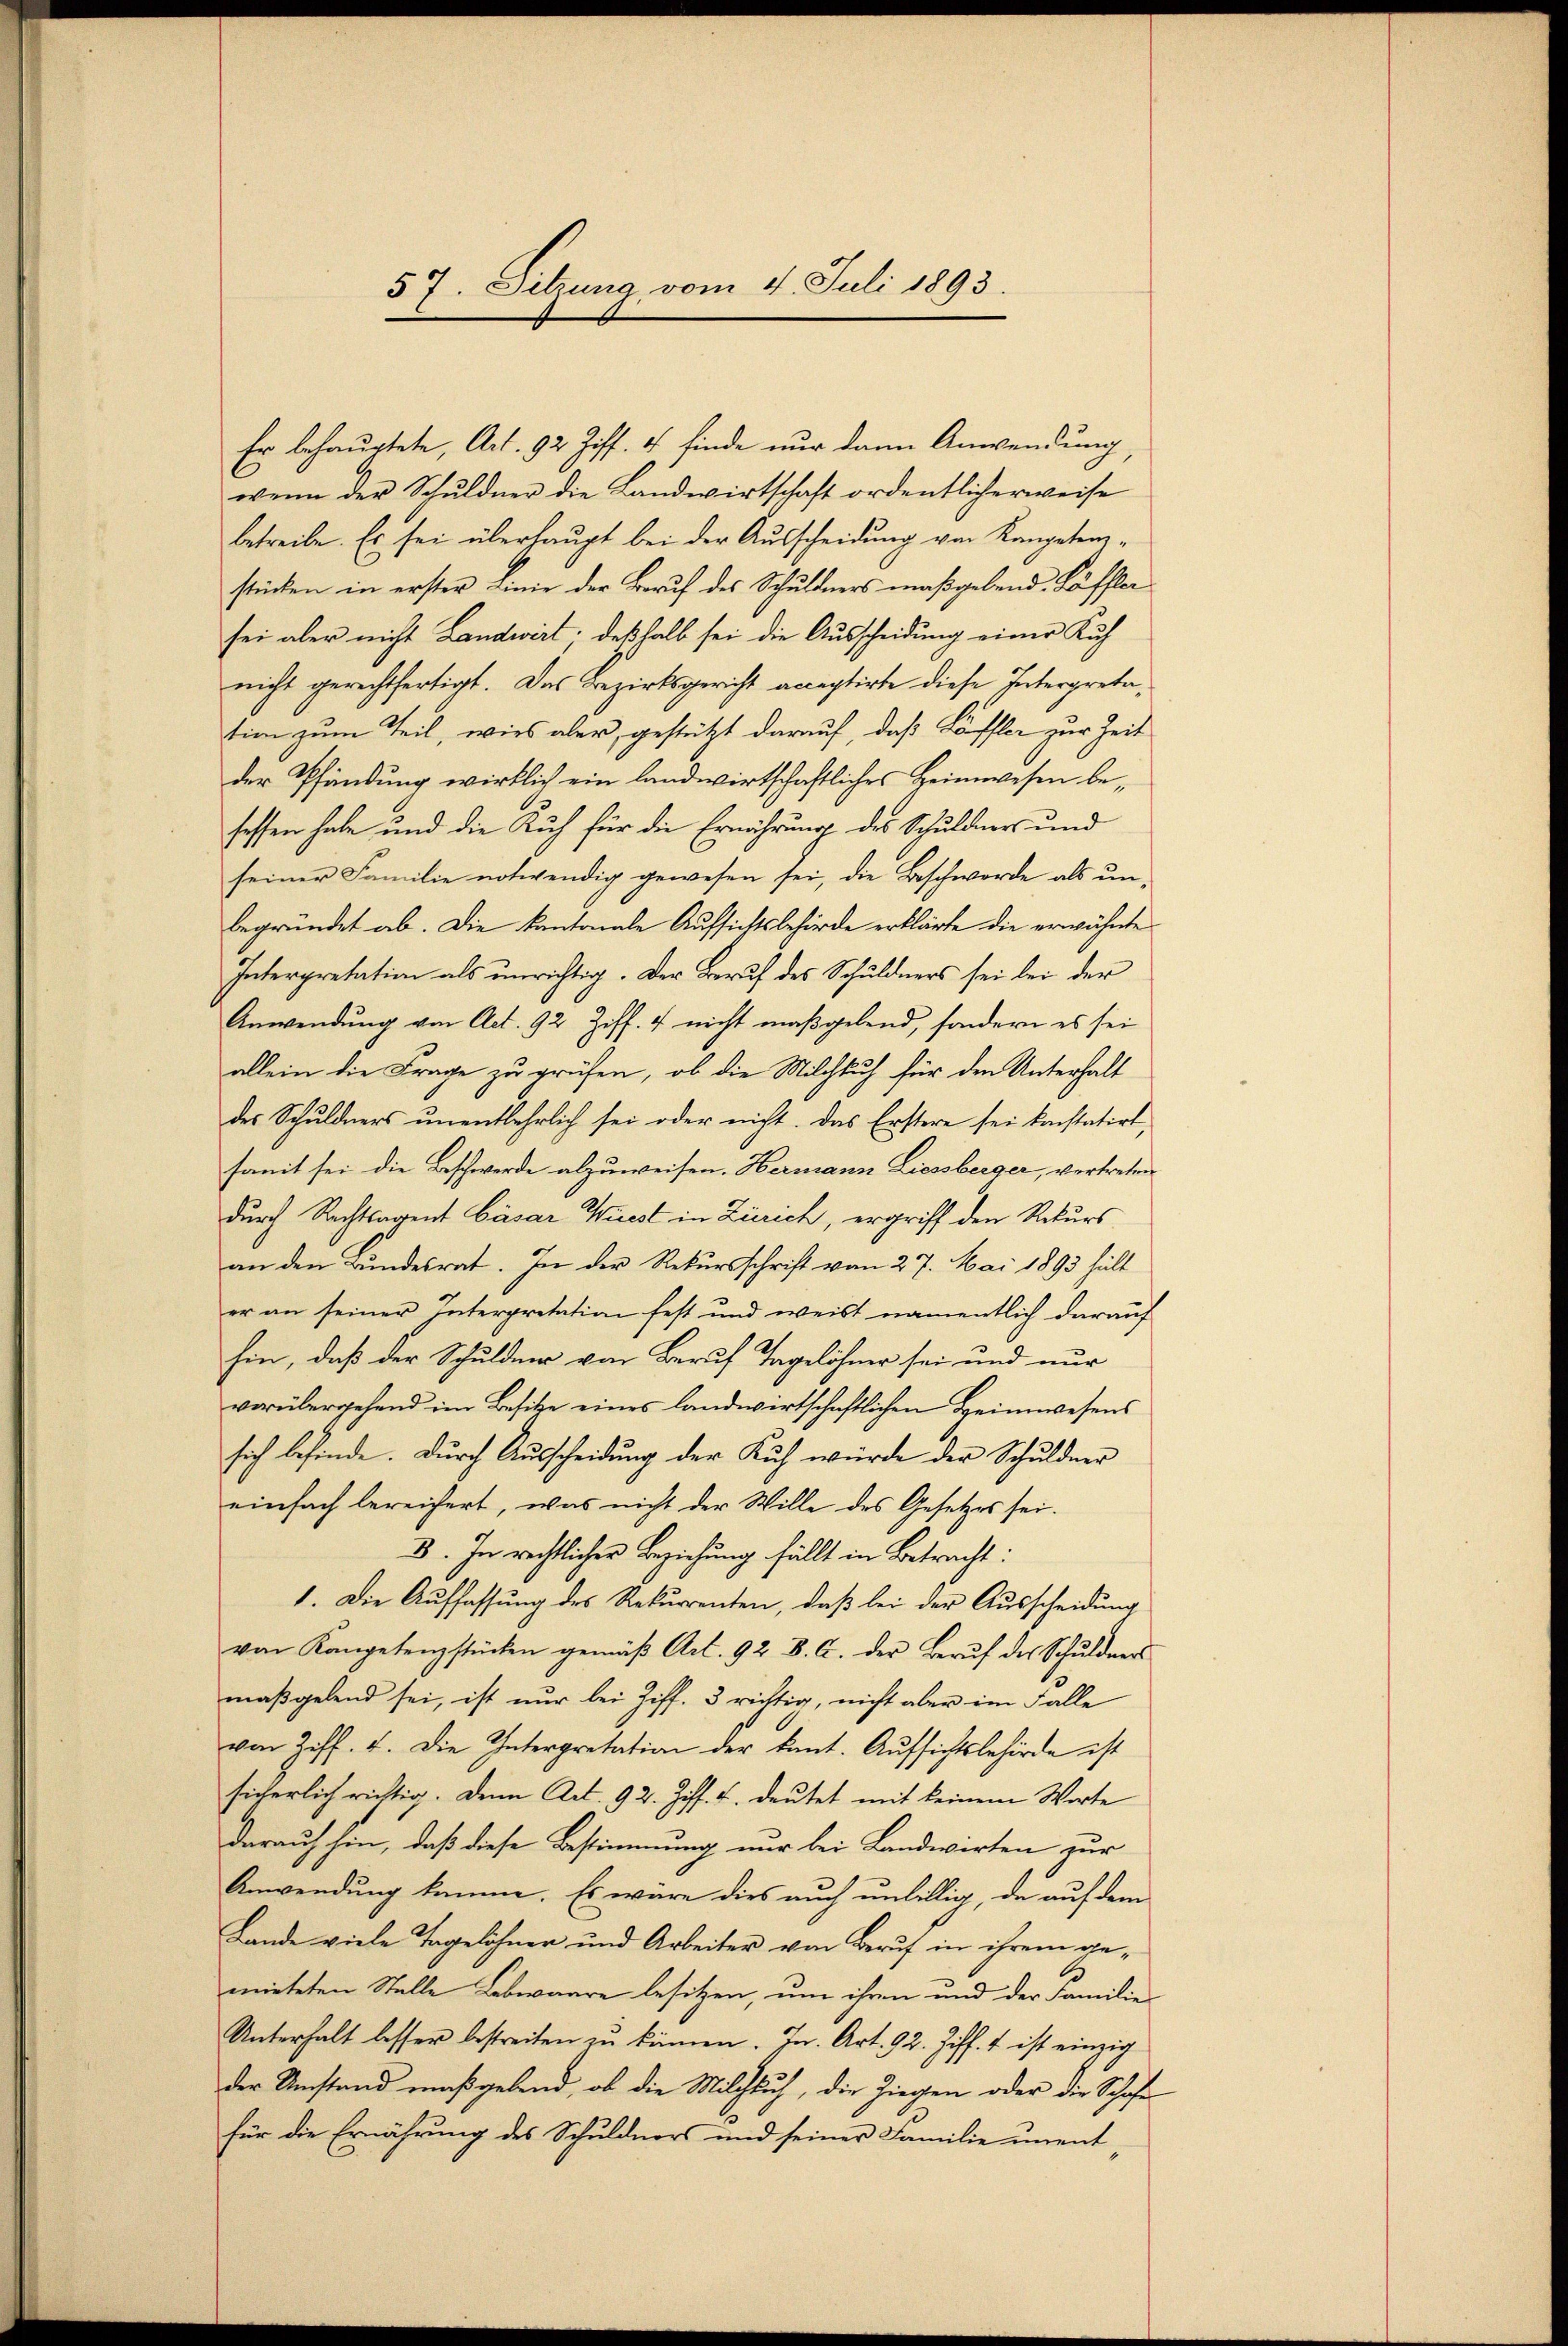
Er behauptete, Art. 92 Ziff. 4 finde nur dann Anwendung
wenn der Schuldner die Landwirtschaft ordentlicherweise
betreibe. Es sei überhaupt bei der Ausscheidung von Kompetenstücken in erster Linie der Beruf des Schuldners maßgebend. Läffler
sei aber nicht Landwirt; deßhalb sei die Ausscheidung einer Kuch
nicht gerechtfertigt. Das Bezirksgericht acceptirte diese Interpretation zum Teil, wies aber, gestützt darauf, daß Löffler zur Zeit
der Pfändung wirklich ein landwirtschaftliches Heimwesen besessen habe und die Kuh für die Ernährung des Schuldners und
seiner Familie notwendig gewesen sei, die Beschwerde als unbegründet ab. Die kantonale Aufsichtsbehörde erklärte die erwähnte
Interpretation als unrichtig. Der Beruf des Schuldners sei bei der
Anwendung von Act. 92 Ziff. 4 nicht maßgebend, sondern es sei
allein die Frage zu prüfen, ob die Milchlich für den Unterhalt
des Schuldners ŭnentbehrlich sei oder nicht. Das Erstere sei konstatirt,
samit sei die Beschwerde abzuweisen. Hermann Liessberger, vertreten
durch Rechtsagent Cäsar Wüest in Zürich, ergriff den Rekurs
an den Bundesrat. In der Rekursschrift vom 27. Mai 1893 hält
er an seiner Interpretation fest und weist namentlich darauf
hin, daß der Schuldner vor Beruf Tagelöhner sei und nur
vorübergehend im Besitze eines landwirtschaftlichen Heimwesens
sich befinde. Durch Ausscheidung der Kuh würde der Schuldner
einfach bereichert, was nicht der Wille des Gesetzes sei.
3. In rechtlicher Beziehung fällt in Betracht:
1. Die Auffassung des Rekurrenten, daß bei der Ausscheidung
von Kanpetenzstücken gemäβ Art. 92 B. C. der Berŭf der Schŭldners
maßgebend sei, ist nur bei Ziff. 3 richtig, nicht aber im Falle
von Ziff. 4. Die Interpretation der kant. Aŭfsichtsbehörde ist
sicherlich richtig. Denn Art. 92. Ziff. u. deutet mit keinem Worte
darauf hin, daß diese Bestimmung nur bei Landwirten zur
Anwendung komme. Es wäre dies auch unbillig, da auf dem
Lande viele Tagelöhner und Arbeiter von Beruf in ihrem gemieteten Stelle Lebwaare besitzen, um ihren und der Familie
Unterhalt besser bestreiten zu kämen. In Art. 92. Ziff. 1 ist einzig
der Umstand maßgebend, ob die Milchlich, die Ziegen oder die Schafe
für die Ernährung des Schuldners und seiner Familie imment

57. Sitzung, vom 4. Juli 1893.